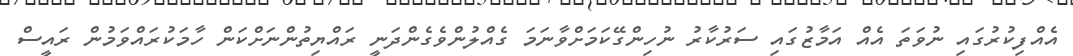
އެއްފިކުރުގައި ނުވަތަ އެއް އަމާޒުގައި ސަރުކާރު ނުހިންގޭކަމަށްވާނަމަ ގެއްލުންވެގެންދަނީ ރައްޔިތުންނަށްކަން ހާމަކުރައްވަމުން ރައީސް